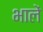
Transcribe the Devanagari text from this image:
भालें